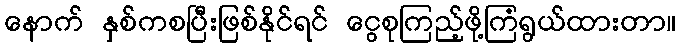
နောက် နှစ်ကစပြီးဖြစ်နိုင်ရင် ငွေစုကြည့်ဖို့ကြံရွယ်ထားတာ။